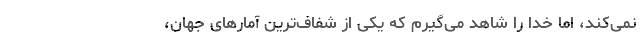
نمی‌کند، اما خدا را شاهد می‌گیرم که یکی از شفاف‌ترین آمارهای جهان،